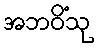
အဘဝိံသု